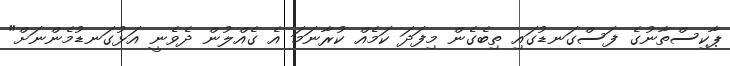
ޕާކިސްތާނުގެ ފަސްގަނޑުގައި ތިބެގެން މިފަދަ ކަމެއް ކުރާނަމަ އެ ގެއްލުން ދެވެނީ އަޅުގަނޑުމެންނަށް"